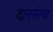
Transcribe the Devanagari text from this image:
दानसंस्था